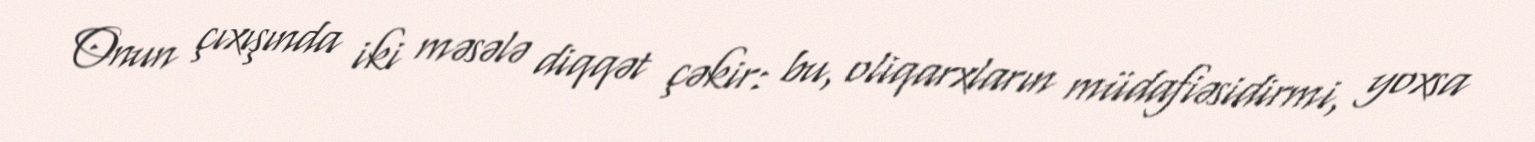
Onun çıxışında iki məsələ diqqət çəkir: bu, oliqarxların müdafiəsidirmi, yoxsa